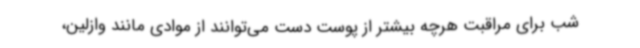
شب برای مراقبت هرچه بیشتر از پوست دست می‌توانند از موادی مانند وازلین،